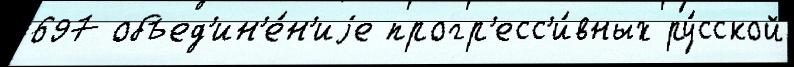
697 объед'ин'е́н'иjе прогр'есс'и́вных ру́сской